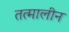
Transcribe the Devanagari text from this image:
तत्मालीन